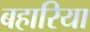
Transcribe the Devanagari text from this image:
बहारिया